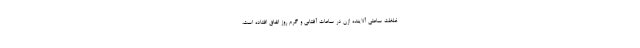
غلظت ساعتی آلاینده ازن در ساعات آفتابی و گرم روز اتفاق افتاده است،